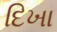
દિખા